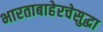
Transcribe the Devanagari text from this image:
भारताबाहेरचेसुद्धा